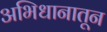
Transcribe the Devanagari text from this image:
अभिधानातून